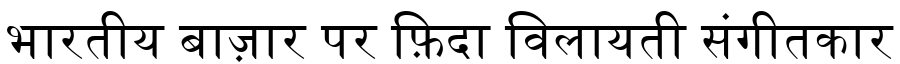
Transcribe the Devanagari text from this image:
भारतीय बाज़ार पर फ़िदा विलायती संगीतकार